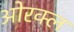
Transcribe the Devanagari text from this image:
ओरक्ल